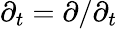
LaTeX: \partial_{t}=\partial/\partial_{t}